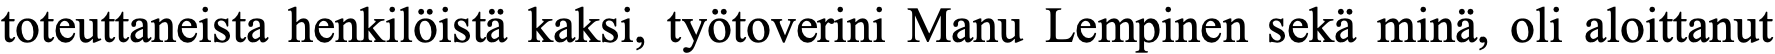
toteuttaneista henkilöistä kaksi, työtoverini Manu Lempinen sekä minä, oli aloittanut